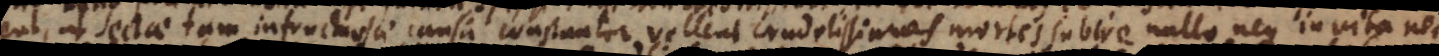
ut sectae tam infructuosae causa constanter vellent crudelissimas mortes subire, nullo neque in vita nec